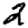
Digit: 2